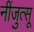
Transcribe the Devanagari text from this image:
नींजुत्सू